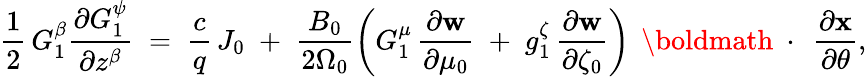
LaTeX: \frac{1}{2}\, G_{1}^{\beta}\frac{\partial G_{1}^{\psi}}{\partial z^{\beta}}\; =\; \frac{c}{q}\, J_{0}\; +\; \frac{B_{0}}{2\Omega_{0}}\left(G_{1}^{\mu}\, \frac{\partial\mathbf w}{\partial\mu_{0}}\; +\; g_{1}^{\zeta}\, \frac{\partial\mathbf w}{\partial\zeta_{0}}\right)\, \mathrm{~\boldmath~\cdot~}\, \frac{\partial\mathbf x}{\partial\theta},